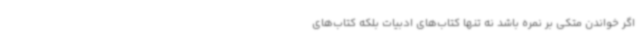
اگر خواندن متکی بر نمره باشد نه تنها کتاب‌های ادبیات بلکه کتاب‌های